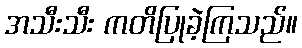
အသီးသီး ကတိပြုခဲ့ကြသည်။